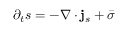
\partial _ { t } s = - \nabla \cdot { \bf j } _ { s } + { \bar { \sigma } }